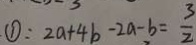
\textcircled { 1 } : 2 a + 4 b - 2 a - b = \frac { 3 } { 2 }